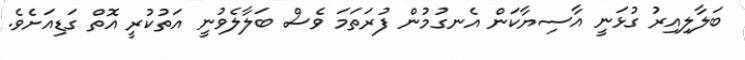
ބަލާލިއިރު ގުޅަނީ އާސިޔާކަން އެނގުމުން ފުރަތަމަ ވެސް ބަލާލެވުނީ އަތުކުރީ އޮތް ގަޑިއަށެވެ.